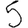
Digit: 5